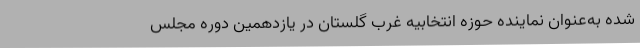
شده به‌عنوان نماینده حوزه انتخابیه غرب گلستان در یازدهمین دوره مجلس